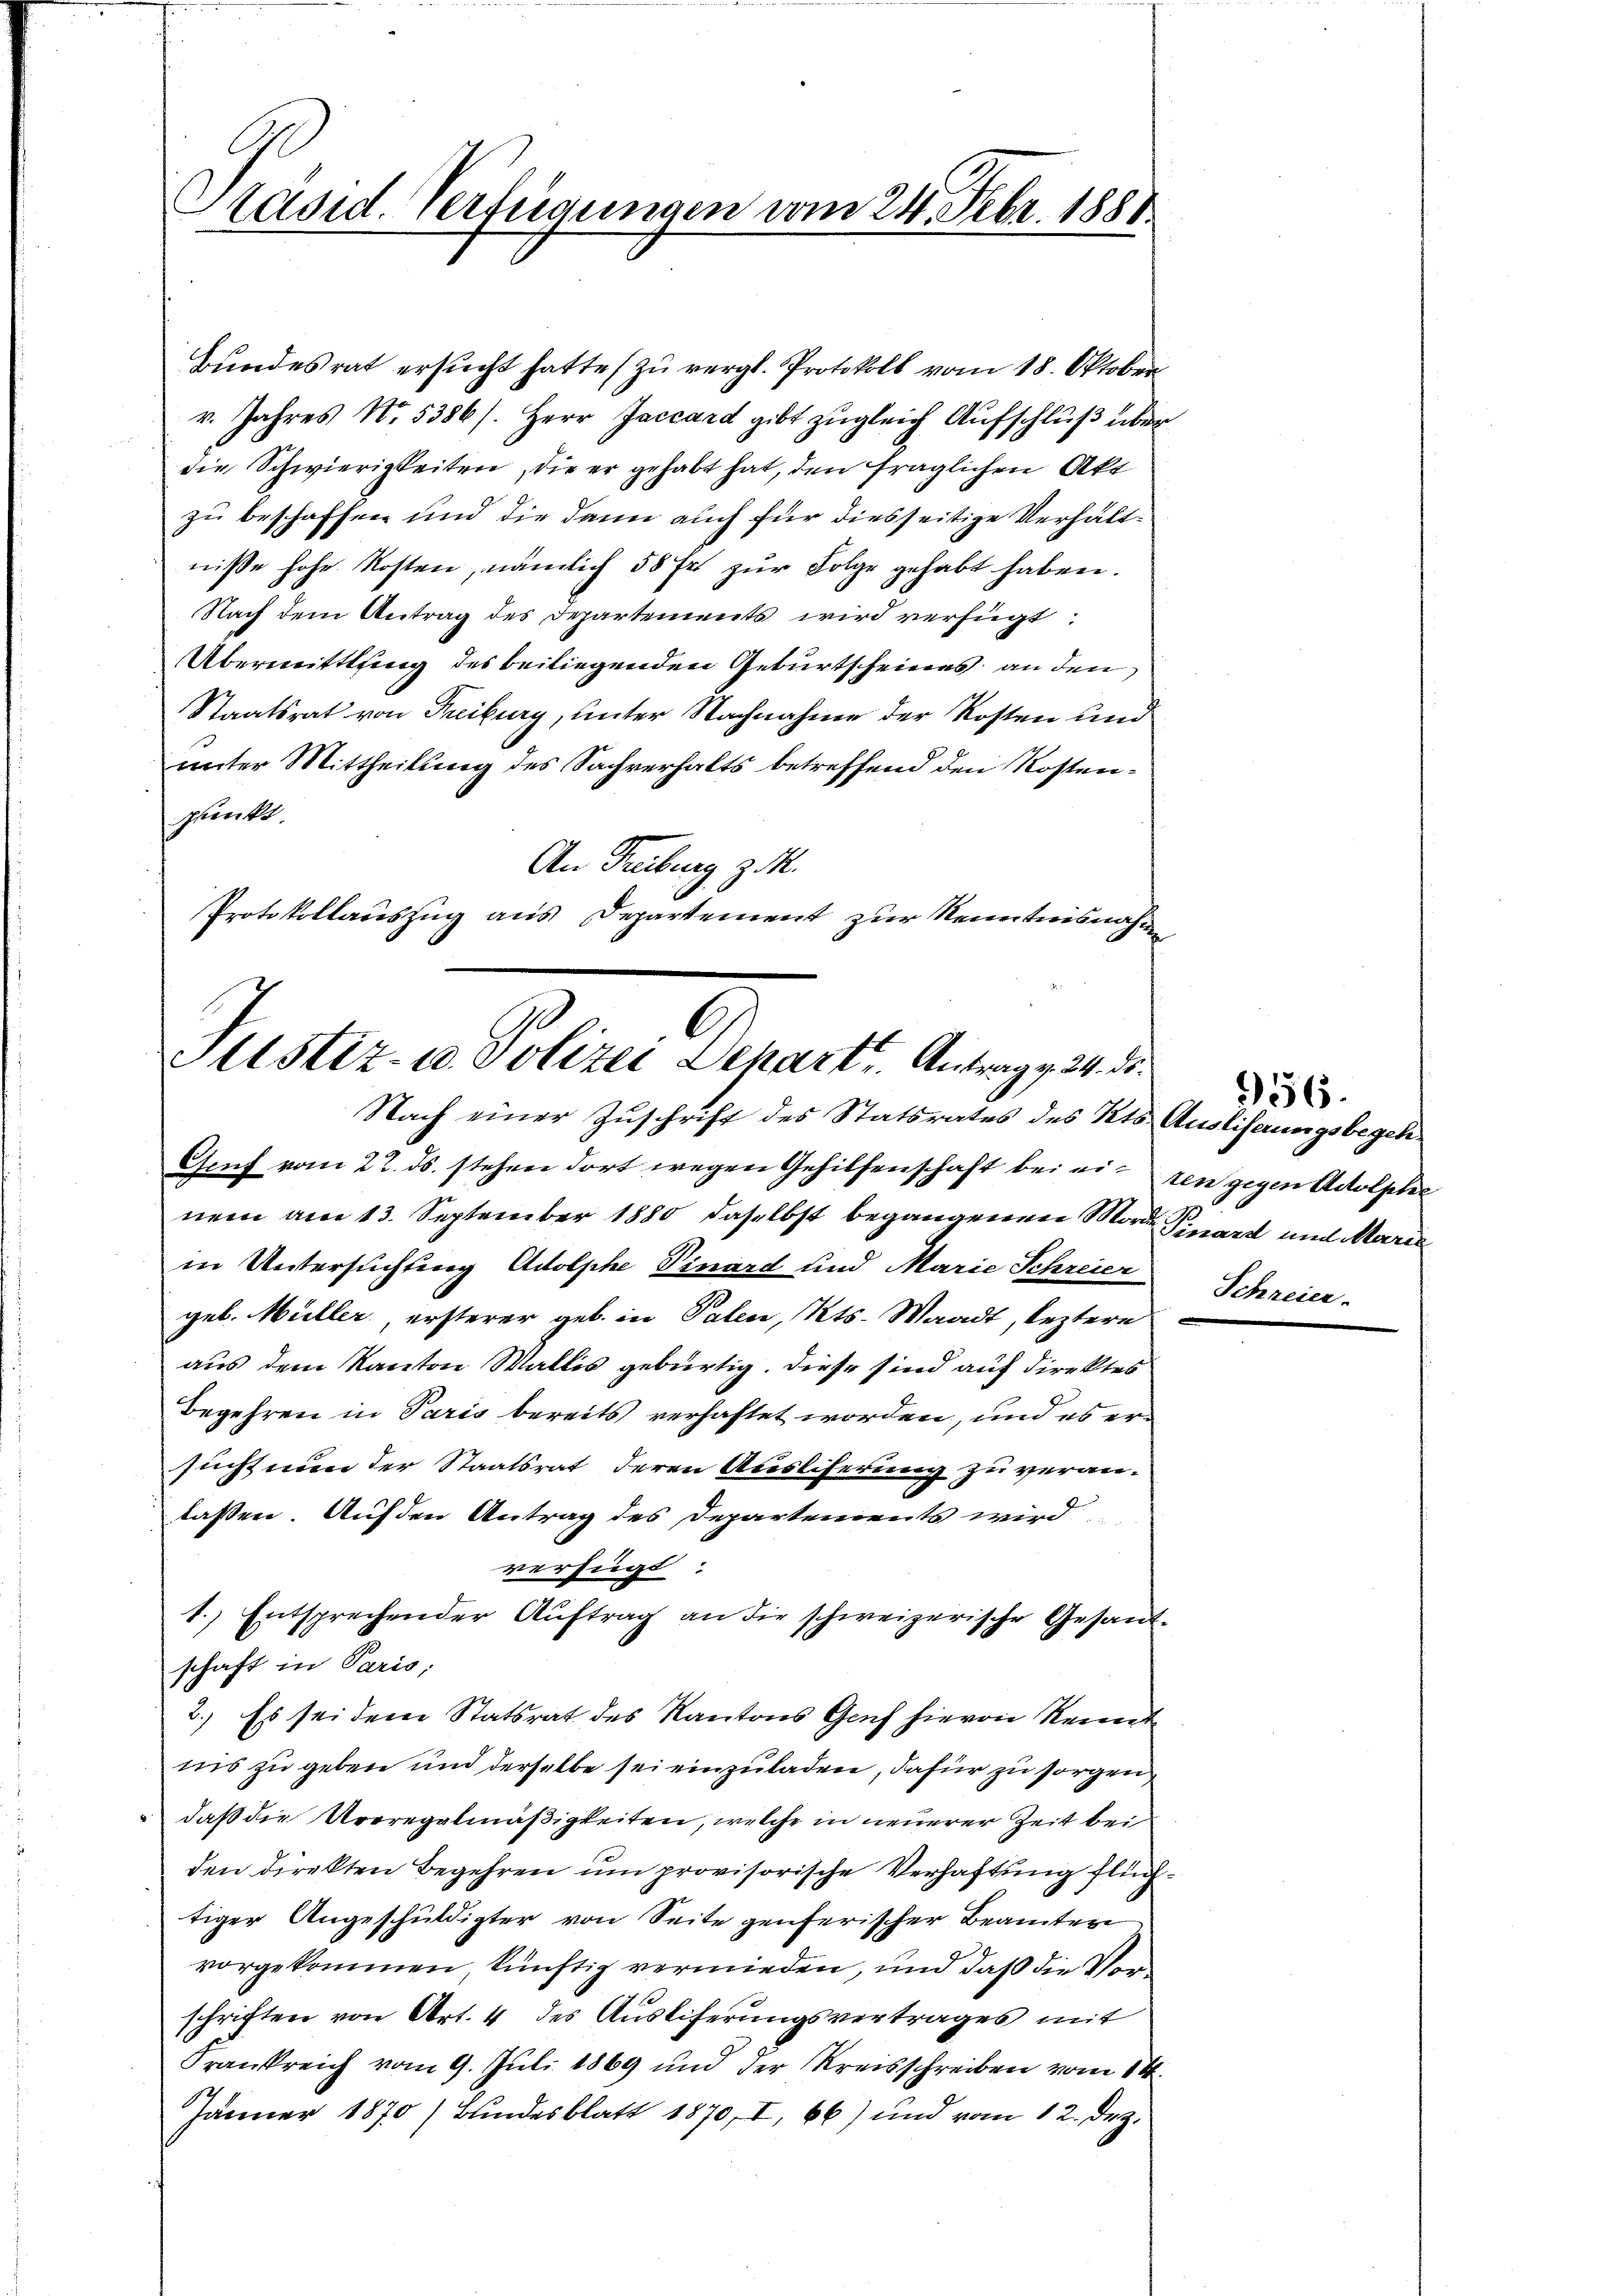
Päsid. Verfügungen vom 24. Febr. 1881.

Bundesrat ersucht hatte (zu vergl. Protokoll vom 18. Oktober
v. Jahres No. 5386/. Herr Jaccard gibt zugleich Aufschluß über
die Schwierigkeiten, die er gehabt hat, den fraglichen Akt
zu beschaffen und die dann auch für diesseitige Verhältnisse hohe Kosten, nämlich 58 fr zur Folge gehabt haben.
Nach dem Antrag des Departements wird verfügt:
Übermittlung des beiliegenden Geburtscheines an den
Staatsrat von Treiburg, unter Nachnahme der Kosten und
unter Mittheilung des Sachverhalts betreffend den Kostenpunkt.
An Freibung z. R.
Protokollauszug aus Departement zur Kenntnisnahme

Altstiz- u. Polizei Dehart. Antrag v. 24. ds.
Nach einer Zuschrift des Statsrates des Kts. Ausliferungsbegeh¬

Genf vom 22. ds. stehen dort wegen Gehilfenschaft bei ei- den gegen Adolphe
nem am 13. September 1880 daselbst begangenen Mord Pinart und Marie
in Untersuchtung Adolphe Vinard und Marie Schreier
gel. Müller, ersterer geb. in Paten, Kts. Waadt, leztere
aus dem Kanton Wallis gebürtig. Diese sind auf direktes
Begehren in Paris bereits verhaftet worden, und es ersucht nun der Staatsrat deren Ausliferung zu veran-
lassen. Auf den Antrag des Departements wird
verfügt:
1.) Entsprechender Aŭftrag an die schweizerische Gesandt-
schaft in Paris,
2.) Es sei dem Statsrat des Kantons Genf hievon kennt
nis zu geben und derselbe sei einzuladen, dafür zu sorgen
daß die Ureregelmäßigkeiten, welche in neuerer Zeit bei
den direkten Begehren um provisorische Verhaftung flüchtiger Angeschuldigter von Seite genferischer Beamten
vorgekommen, künftig vermieden, und daß die Vorschriften von Art. 4 des Ausliferungsvertrages mit
Frankreich vom 9. Juli 1869 und der Kreisschreiben vom 14.
Jänner 1870/ Bundesblatt 1870, I, 66) und vom 12. Dez.

Schre

956.